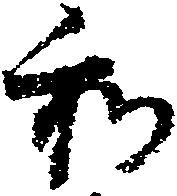
和